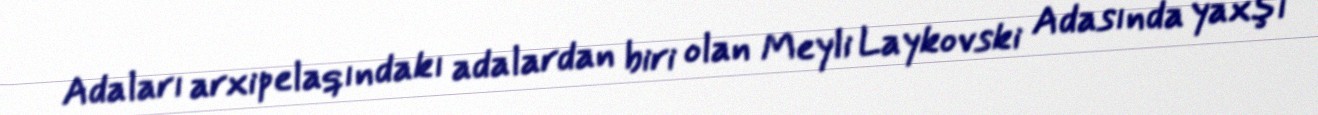
Adaları arxipelaqındakı adalardan biri olan Meyli Laykovski Adasında yaxşı